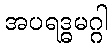
အပရဒ္ဓမဂ္ဂါ